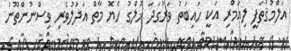
އަލްމުޤުތަފީ ލިއަމްރި އަކީ ހައިބަތު ވަރުގަދަ ޚުލްގު ހެޔޮ މާތް އަދުލުވެރި ވިސްނުންތޫނު